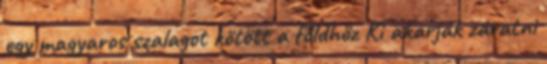
egy magyaros szalagot kötött a földhöz Ki akarják záratni